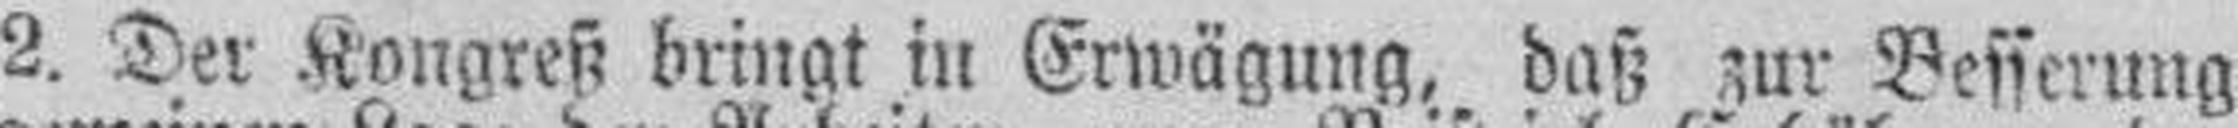
2. Der Kongreß bringt in Erwägung, daß zur Besserung